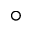
^ \circ